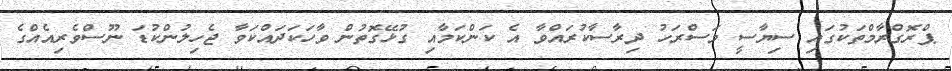
ޕްރޮގްރާމްތަކުގައި ސިޔާސީ މަސްރަހު ދިރާސާކުރައްވާ އެ ކަންކަމާއި ގުޅޭގޮތުން ވާހަކަދައްކަވާ ޖެހިލުންކުޑަ ނޫސްވެރިއެއްގެ